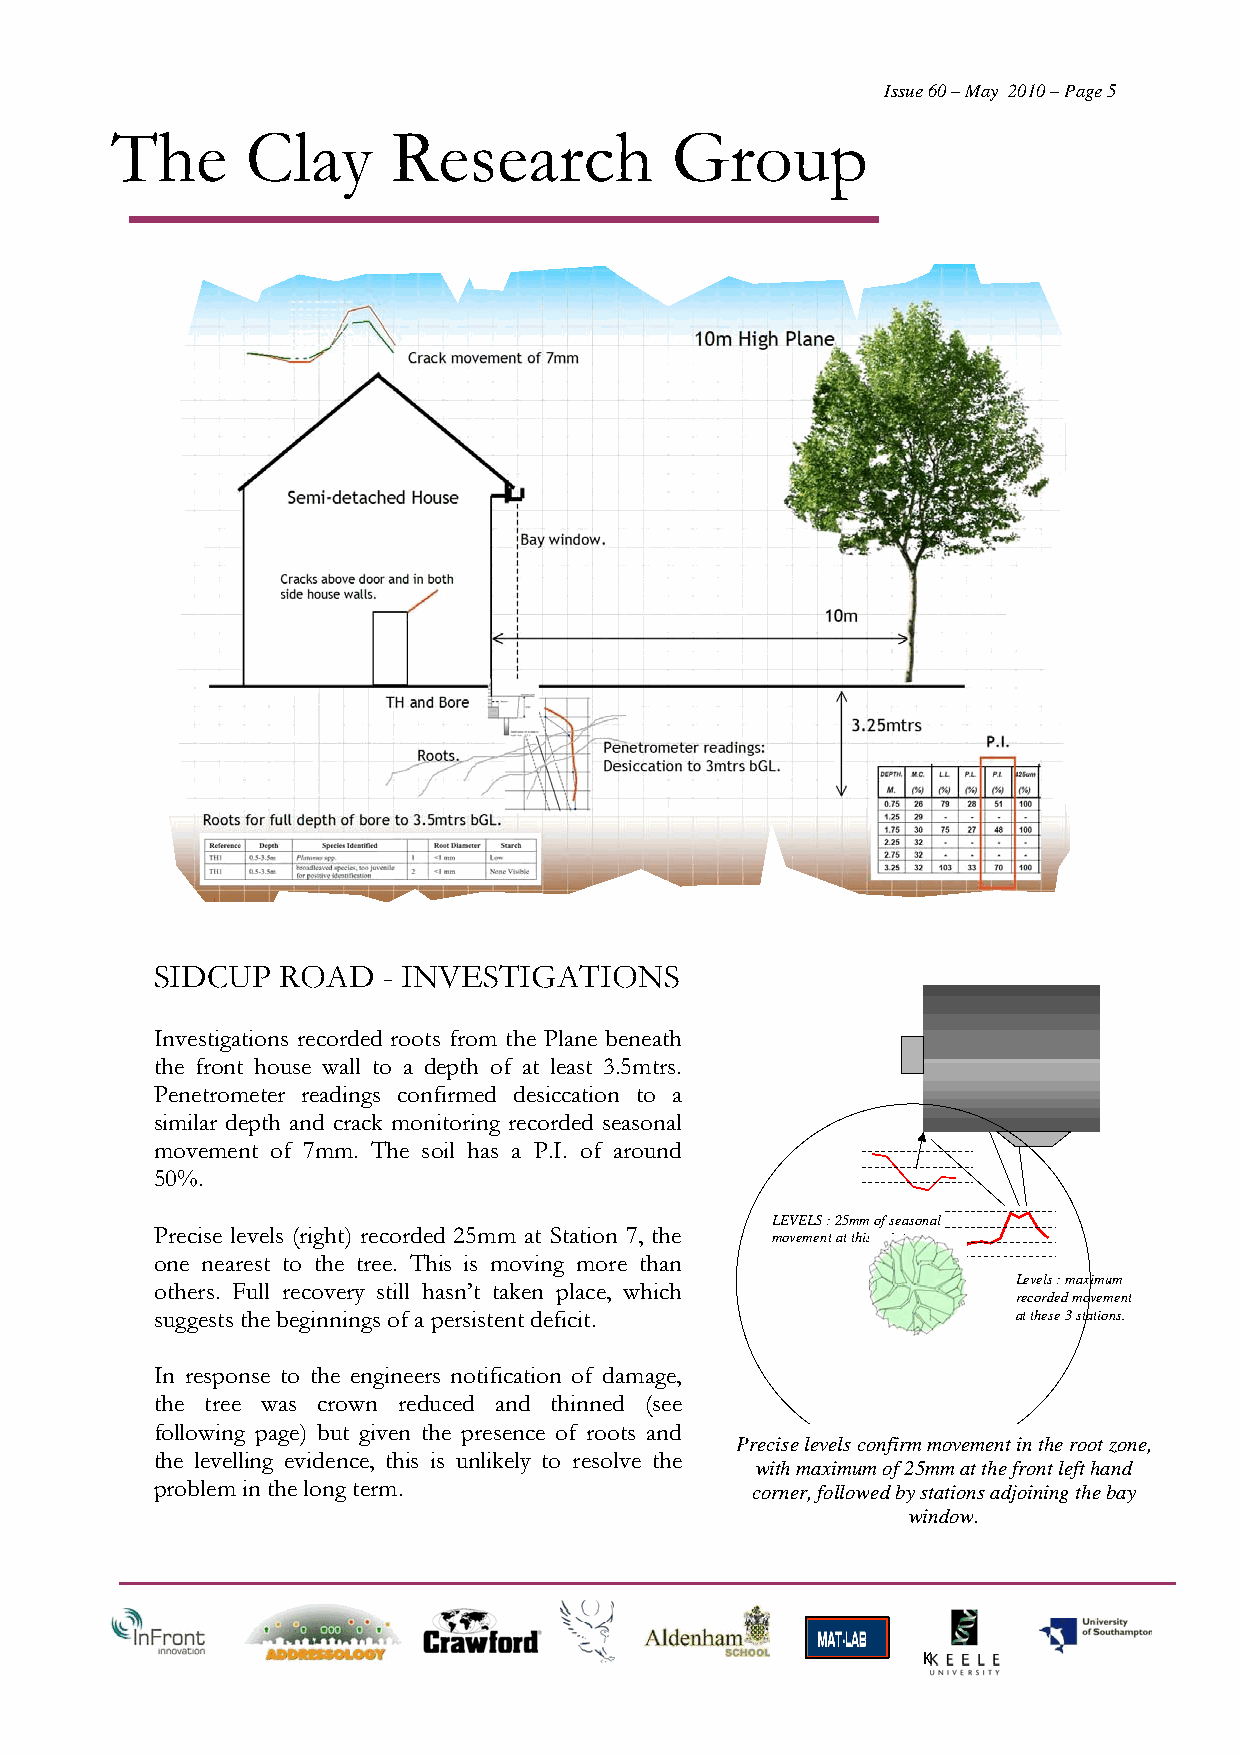
Issue 60 – May 2010 – Page 5
 The      Clay      Research          Group
 SIDCUP  ROAD   - INVESTIGATIONS
 Investigations recorded roots from the Plane beneath
 the front house wall to a depth of at least 3.5mtrs.
 Penetrometer readings confirmed desiccation to a
 similar depth and crack monitoring recorded seasonal
 movement of 7mm. The soil has a P.I. of around
 50%.
 LEVELS : 25mm of seasonal
 Precise levels (right) recorded 25mm at Station 7, the
 movement at this point.
 one nearest to the tree. This is moving more than
 Levels : maximum
 others. Full recovery still hasn’t taken place, which
 recorded movement
 suggests the beginnings of a persistent deficit.         at these 3 stations.
 In response to the engineers notification of damage,
 the tree was crown reduced and thinned (see
 following page) but given the presence of roots and
 Precise levels confirm movement in the root zone,
 the levelling evidence, this is unlikely to resolve the
 with maximum of 25mm at the front left hand
 problem in the long term.               corner, followed by stations adjoining the bay
 window.
 K